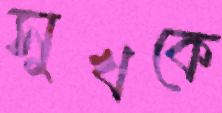
সুখকে